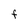
Character: F